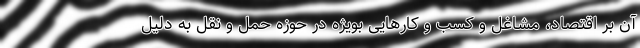
آن بر اقتصاد، مشاغل و کسب و کارهایی بویژه در حوزه حمل و نقل به دلیل